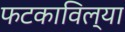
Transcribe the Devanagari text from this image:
फटकाविल्या